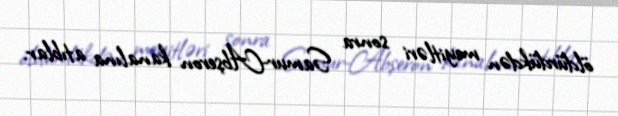
öldürdükdən meyitləri sonra Samur-Abşeron kanalına atıblar.